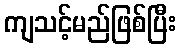
ကျသင့်မည်ဖြစ်ပြီး